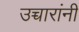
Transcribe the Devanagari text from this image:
उच्चारांनी